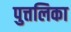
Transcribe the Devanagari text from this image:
पुत्तलिका